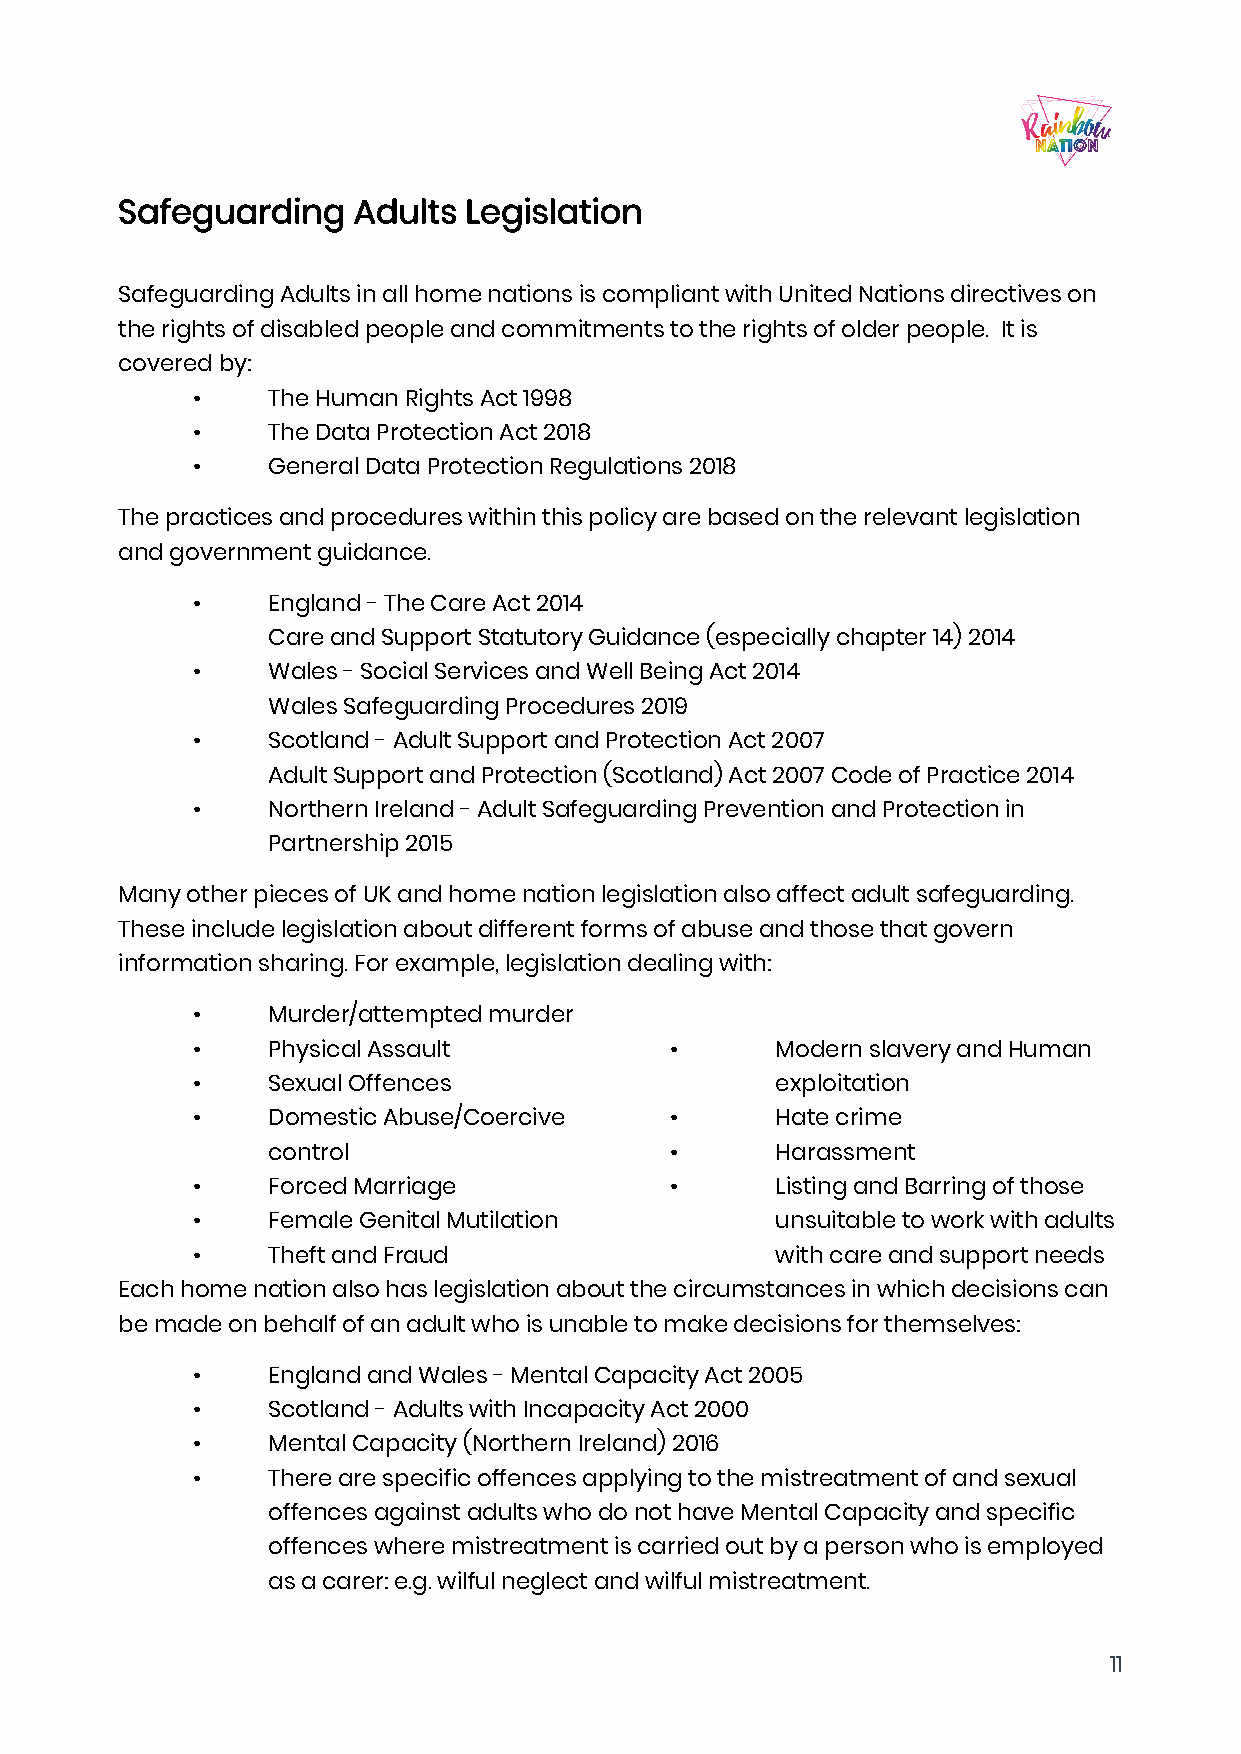
Safeguarding   Adults  Legislation
 SafeguardingAdultsinallhomenationsiscompliantwithUnitedNationsdirectiveson
 therightsofdisabledpeopleandcommitmentstotherightsofolderpeople. Itis
 coveredby:
 •    TheHumanRightsAct1998
 •    TheDataProtectionAct2018
 •    GeneralDataProtectionRegulations2018
 Thepracticesandprocedureswithinthispolicyarebasedontherelevantlegislation
 andgovernmentguidance.
 •    England-TheCareAct2014
 CareandSupportStatutoryGuidance(especiallychapter14)2014
 •    Wales-SocialServicesandWellBeingAct2014
 WalesSafeguardingProcedures2019
 •    Scotland-AdultSupportandProtectionAct2007
 AdultSupportandProtection(Scotland)Act2007CodeofPractice2014
 •    NorthernIreland-AdultSafeguardingPreventionandProtectionin
 Partnership2015
 ManyotherpiecesofUKandhomenationlegislationalsoaffectadultsafeguarding.
 Theseincludelegislationaboutdifferentformsofabuseandthosethatgovern
 informationsharing.Forexample,legislationdealingwith:
 •    Murder/attemptedmurder
 •    PhysicalAssault           •      ModernslaveryandHuman
 •    SexualOffences                   exploitation
 •    DomesticAbuse/Coercive    •      Hatecrime
 control                   •      Harassment
 •    ForcedMarriage            •      ListingandBarringofthose
 •    FemaleGenitalMutilation          unsuitabletoworkwithadults
 •    TheftandFraud                    withcareandsupportneeds
 Eachhomenationalsohaslegislationaboutthecircumstancesinwhichdecisionscan
 bemadeonbehalfofanadultwhoisunabletomakedecisionsforthemselves:
 •    EnglandandWales-MentalCapacityAct2005
 •    Scotland-AdultswithIncapacityAct2000
 •    MentalCapacity(NorthernIreland)2016
 •    Therearespecificoffencesapplyingtothemistreatmentofandsexual
 offencesagainstadultswhodonothaveMentalCapacityandspecific
 offenceswheremistreatmentiscarriedoutbyapersonwhoisemployed
 asacarer:e.g.wilfulneglectandwilfulmistreatment.
 11